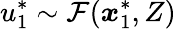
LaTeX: \displaystyle u_{1}^{*}\sim\mathcal{F}(\boldsymbol{x}_{1}^{*},Z)